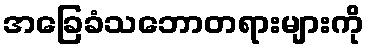
အခြေခံသဘောတရားများကို